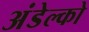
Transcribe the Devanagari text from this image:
अंडेल्को